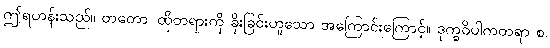
ဤရဟန်းသည်။ တတော၊ ထိုတရားကို ခိုးခြင်းဟူသော အကြောင်းကြောင့်။ ဒုက္ခဝိပါကတရာ စ၊